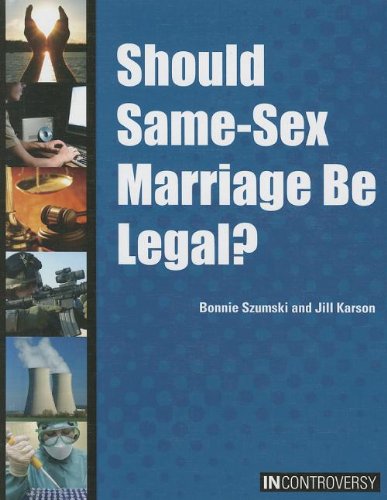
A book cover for Should Same-Sex Marriage Be Legal? (In Controversy); Bonnie Szumski; Teen & Young Adult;